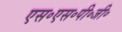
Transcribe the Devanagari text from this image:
एस॰एस॰पी॰जी॰